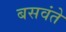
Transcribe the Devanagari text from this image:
बसवंते